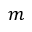
m